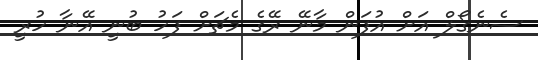
ސެނެގޯލް އަށް އުފަން މާނޭ ރޭގެ މެޗަށް ފަހު ބުނީ އޭނާ ހުރީ